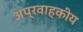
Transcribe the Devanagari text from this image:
अप्रवाहकीय